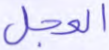
العجل